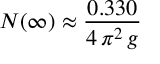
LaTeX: { \cal N } ( \infty ) \approx { \frac { 0 . 3 3 0 } { 4 \, \pi ^ { 2 } \, g } }